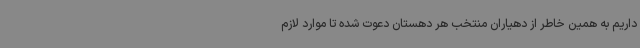
داریم به همین خاطر از دهیاران منتخب هر دهستان دعوت شده تا موارد لازم